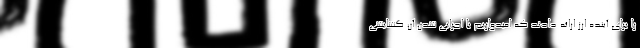
را برای آینده ارز ارائه دادند که امیدواریم با اجرایی شدن آن گشایشی